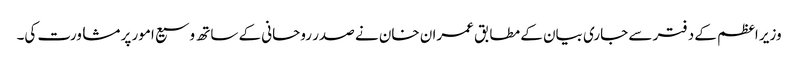
وزیر اعظم کے دفتر سے جاری بیان کے مطابق عمران خان نے صدر روحانی کے ساتھ وسیع امور پر مشاورت کی۔